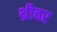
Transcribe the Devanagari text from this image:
थ्रीवर